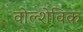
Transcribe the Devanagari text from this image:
वोल्शेविक